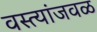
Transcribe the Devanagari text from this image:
वस्त्यांजवळ